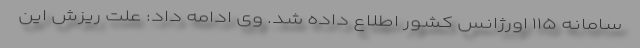
سامانه ۱۱۵ اورژانس کشور اطلاع داده شد. وی ادامه داد: علت ریزش این